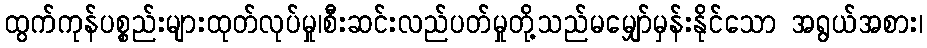
ထွက်ကုန်ပစ္စည်းများထုတ်လုပ်မှု၊စီးဆင်းလည်ပတ်မှုတို့သည်မမျှော်မှန်းနိုင်သော အရွယ်အစား၊